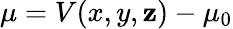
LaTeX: \mu=V(x,y,\mathbf{z})-\mu_{0}